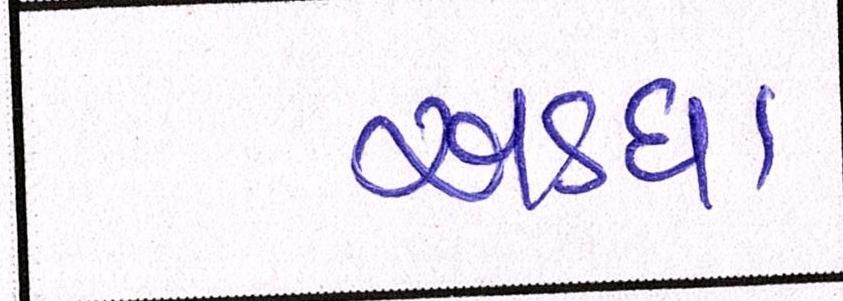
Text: અડધા